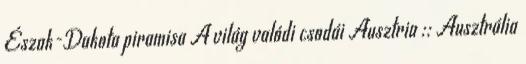
Észak-Dakota piramisa A világ valódi csodái Ausztria :: Ausztrália